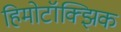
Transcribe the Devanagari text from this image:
हिमोटॉक्झिक